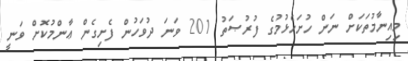
މިއިނާމުތަކަށް ނަން ހުށަހެޅުމުގެ ފުރުޞަތު 201 ވަނަ ދުވަހުން ފެށިގެން ޢާންމުކޮށް ވަނީ